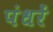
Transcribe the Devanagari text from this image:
पंधरें